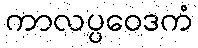
ကာလပ္ပဝေဒကံ